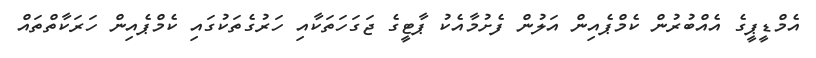
އެމްޑީޕީގެ އެއްބުރުން ކެމްޕެއިން އަލުން ފެށުމާއެކު ޕާޓީގެ ޖަގަހަތަކާއި ހަރުގެތަކުގައި ކެމްޕެއިން ހަރަކާތްތައް